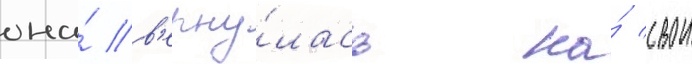
она́ в'ерну́лась на́ свои